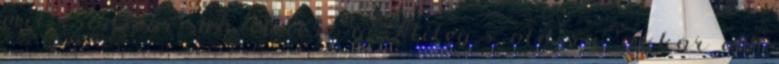
mit csodizni- ha elmész a Miley-s oldira, akkor ott